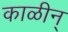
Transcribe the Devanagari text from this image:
काळीन्